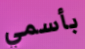
بأسمي